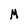
Character: M